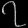
Digit: ၇